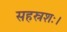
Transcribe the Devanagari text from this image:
सहस्रशः।